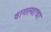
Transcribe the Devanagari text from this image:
वागल्याचा